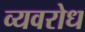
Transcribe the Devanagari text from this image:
व्यवरोध